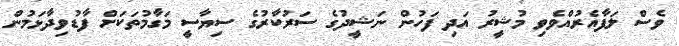
ވެސް ލަފާއެރުއްވެވި މުޝީރު އަދި ފަހުން ނަޝީދުގެ ސަރުކާރުގެ ސިޔާސީ މަގާމުތަކަށް ފާޑުވިދާޅަމުން